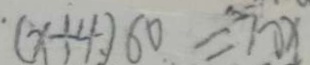
( x + 4 ) 6 0 = 7 0 x